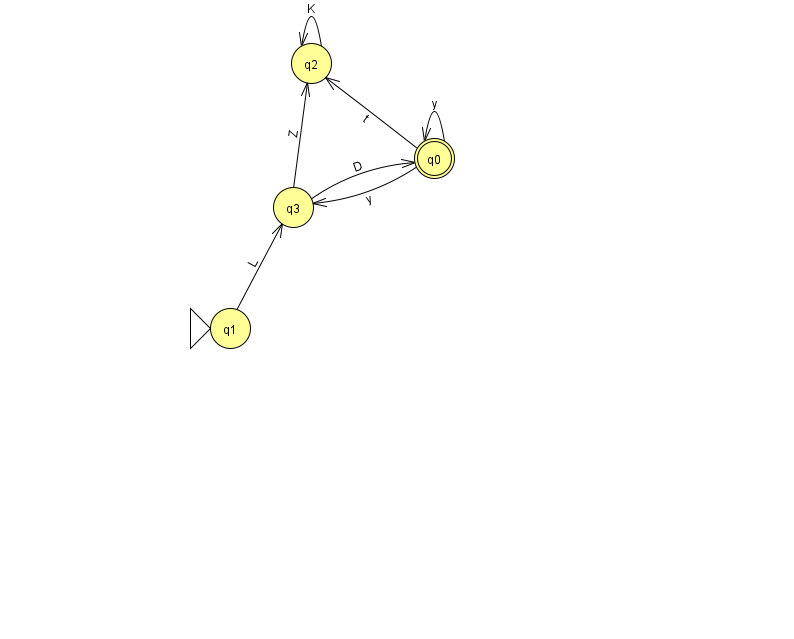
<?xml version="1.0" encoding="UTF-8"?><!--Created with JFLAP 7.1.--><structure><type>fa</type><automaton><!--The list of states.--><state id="0" name="q0"><x>434.0</x><y>145.0</y><final/></state><state id="1" name="q1"><x>230.0</x><y>315.0</y><initial/></state><state id="2" name="q2"><x>311.0</x><y>50.0</y></state><state id="3" name="q3"><x>293.0</x><y>194.0</y></state><!--The list of transitions.--><transition><from>3</from><to>2</to><read>Z</read></transition><transition><from>0</from><to>3</to><read>y</read></transition><transition><from>0</from><to>2</to><read>t</read></transition><transition><from>0</from><to>0</to><read>y</read></transition><transition><from>1</from><to>3</to><read>L</read></transition><transition><from>2</from><to>2</to><read>K</read></transition><transition><from>3</from><to>0</to><read>D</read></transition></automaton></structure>